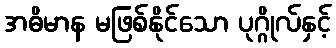
အဓိမာန မဖြစ်နိုင်သော ပုဂ္ဂိုလ်နှင့်